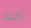
أخرى